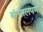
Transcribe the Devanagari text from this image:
कंगालपणा